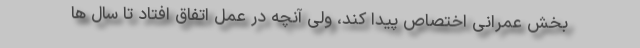
بخش عمرانی اختصاص پیدا کند، ولی آنچه در عمل اتفاق افتاد تا سال ها